DOW-UAP-D20, Mission Report, Southern United States, 2020
Agency: Department of War
Incident date: 3/31/23
Incident location: Iraq
Page 3
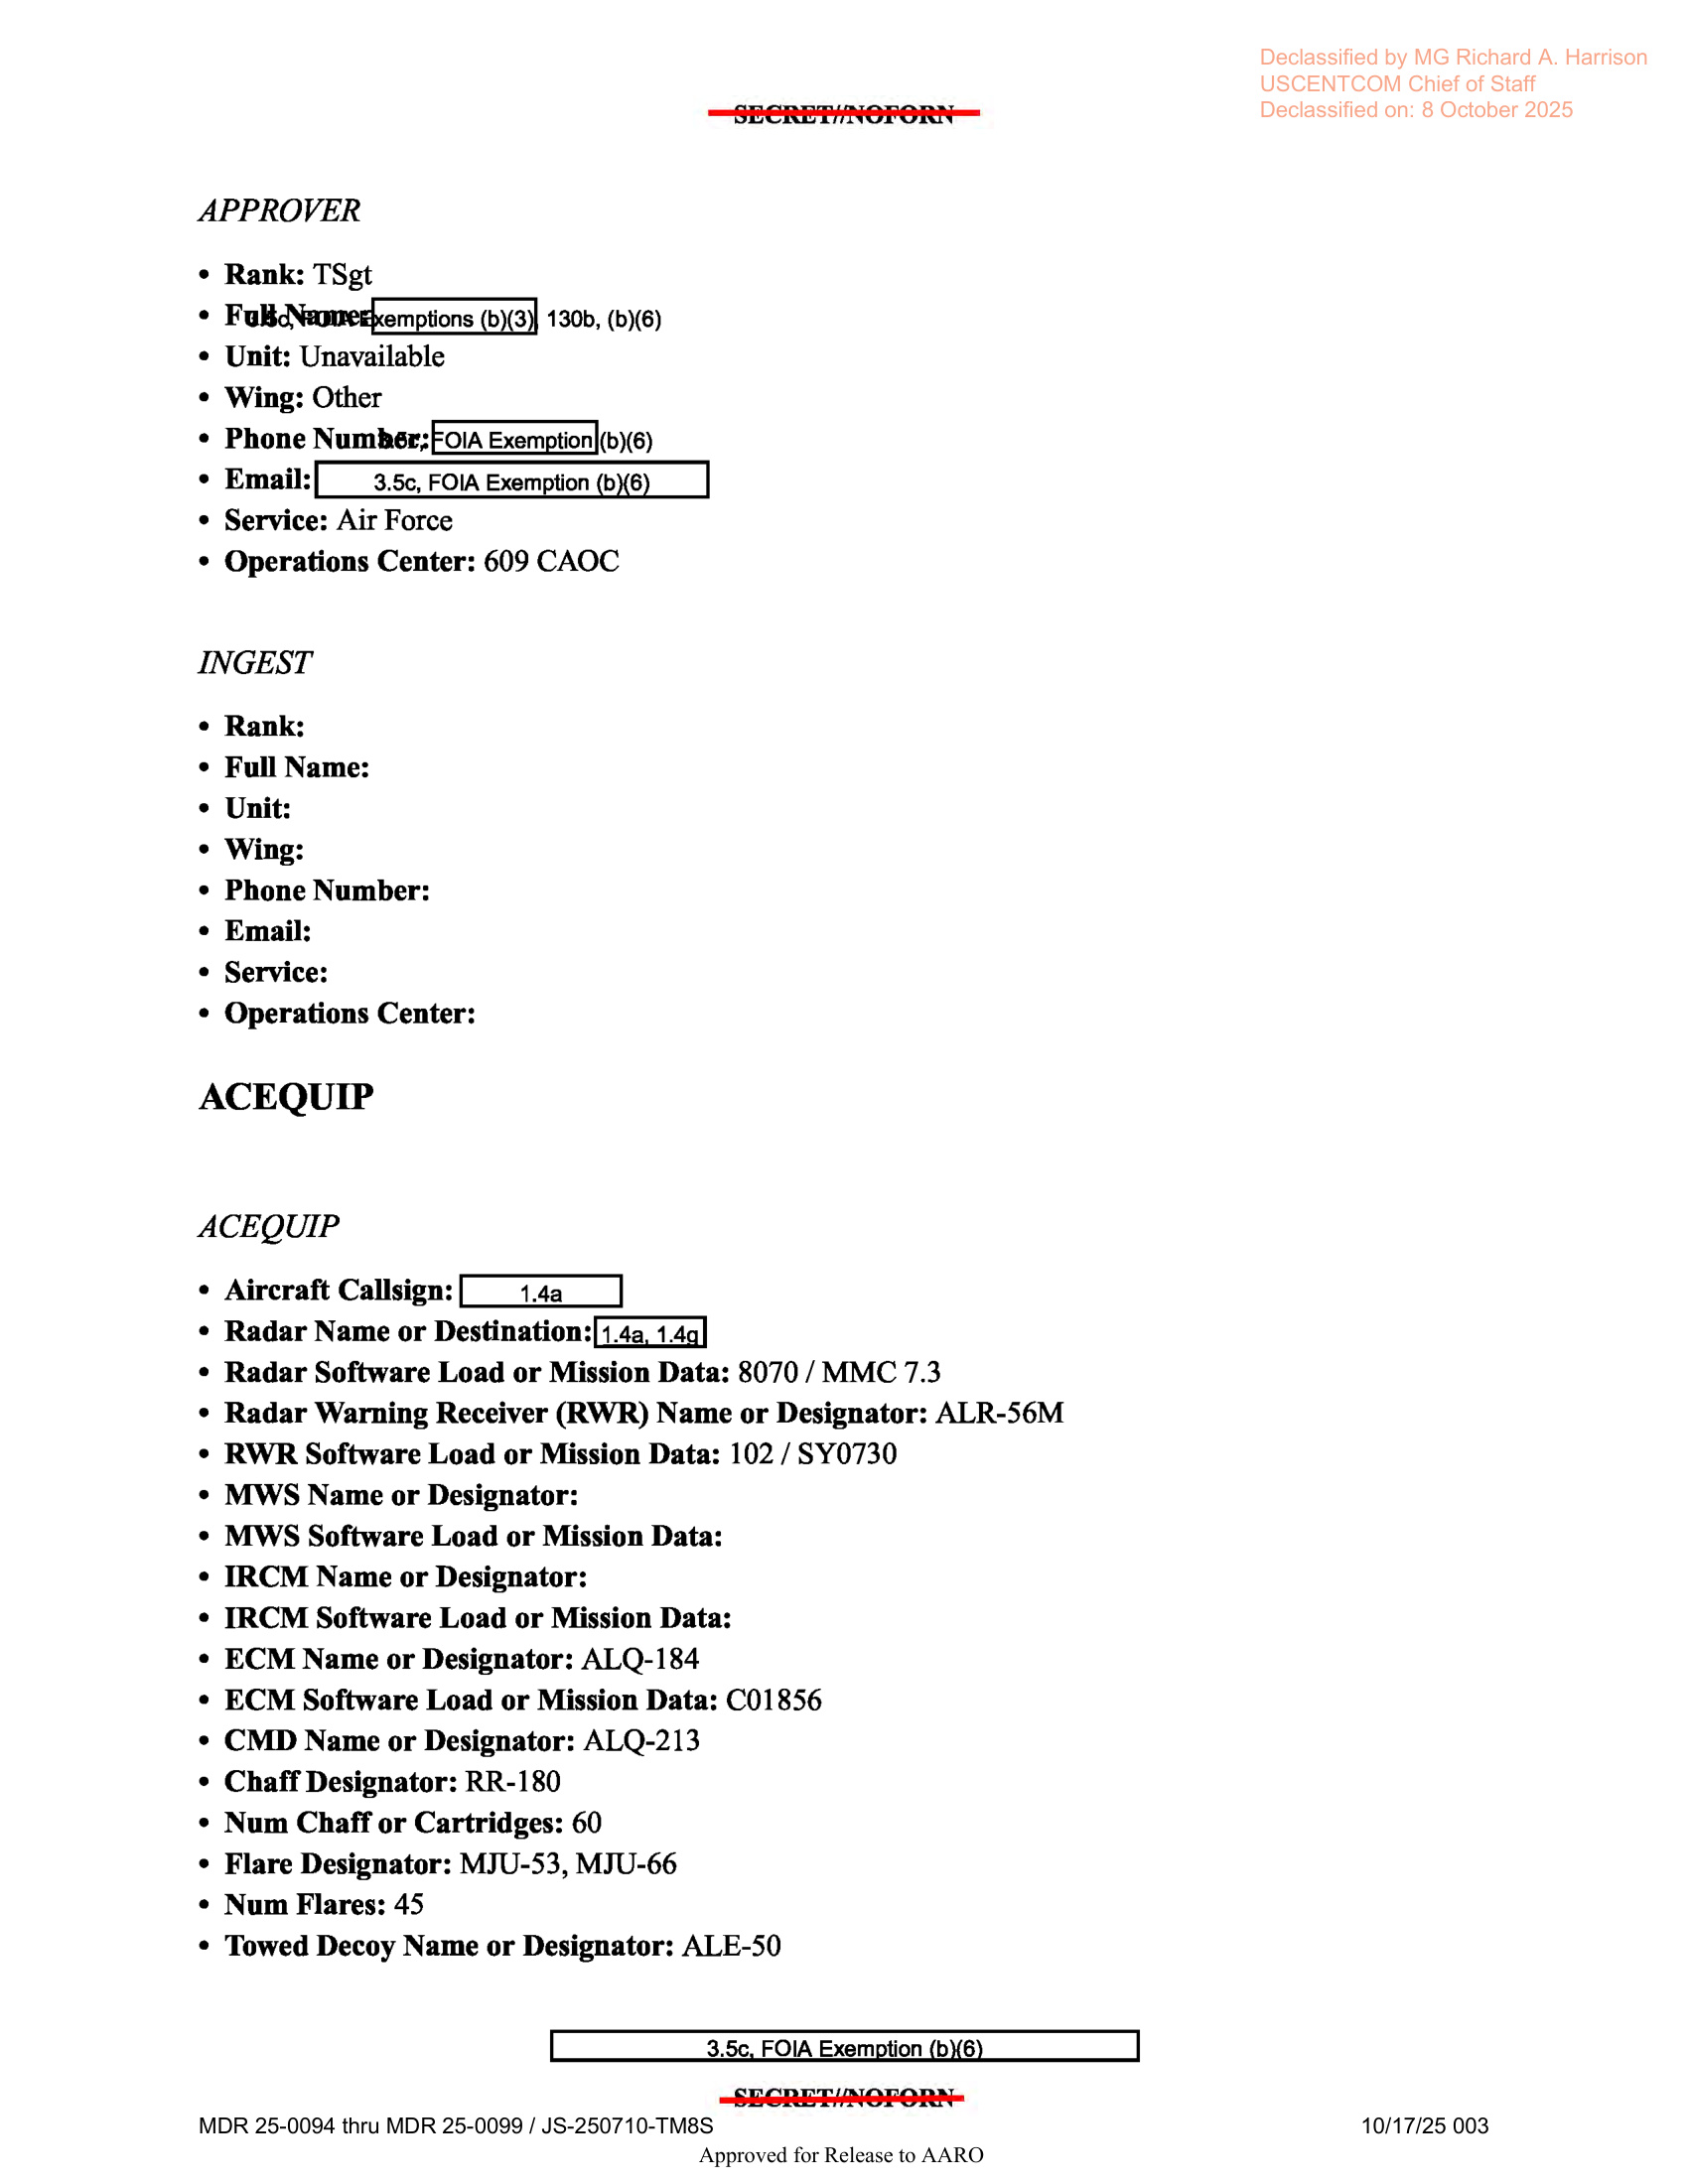